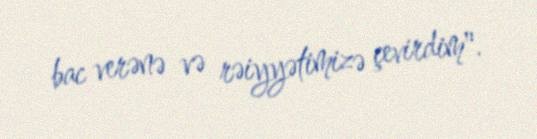
bac verənə və rəiyyətimizə çevirdim".